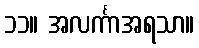
၁၁။ အလင်္ကာအရသာ။